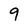
Character: 9